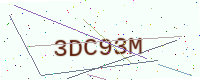
Text: 3DC93M